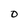
Character: O